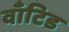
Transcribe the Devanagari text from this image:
वाँटिड